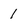
Character: 1